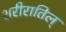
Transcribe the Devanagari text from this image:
शरीरातिल्